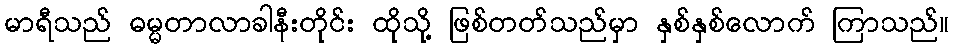
မာရီသည် ဓမ္မတာလာခါနီးတိုင်း ထိုသို့ ဖြစ်တတ်သည်မှာ နှစ်နှစ်လောက် ကြာသည်။